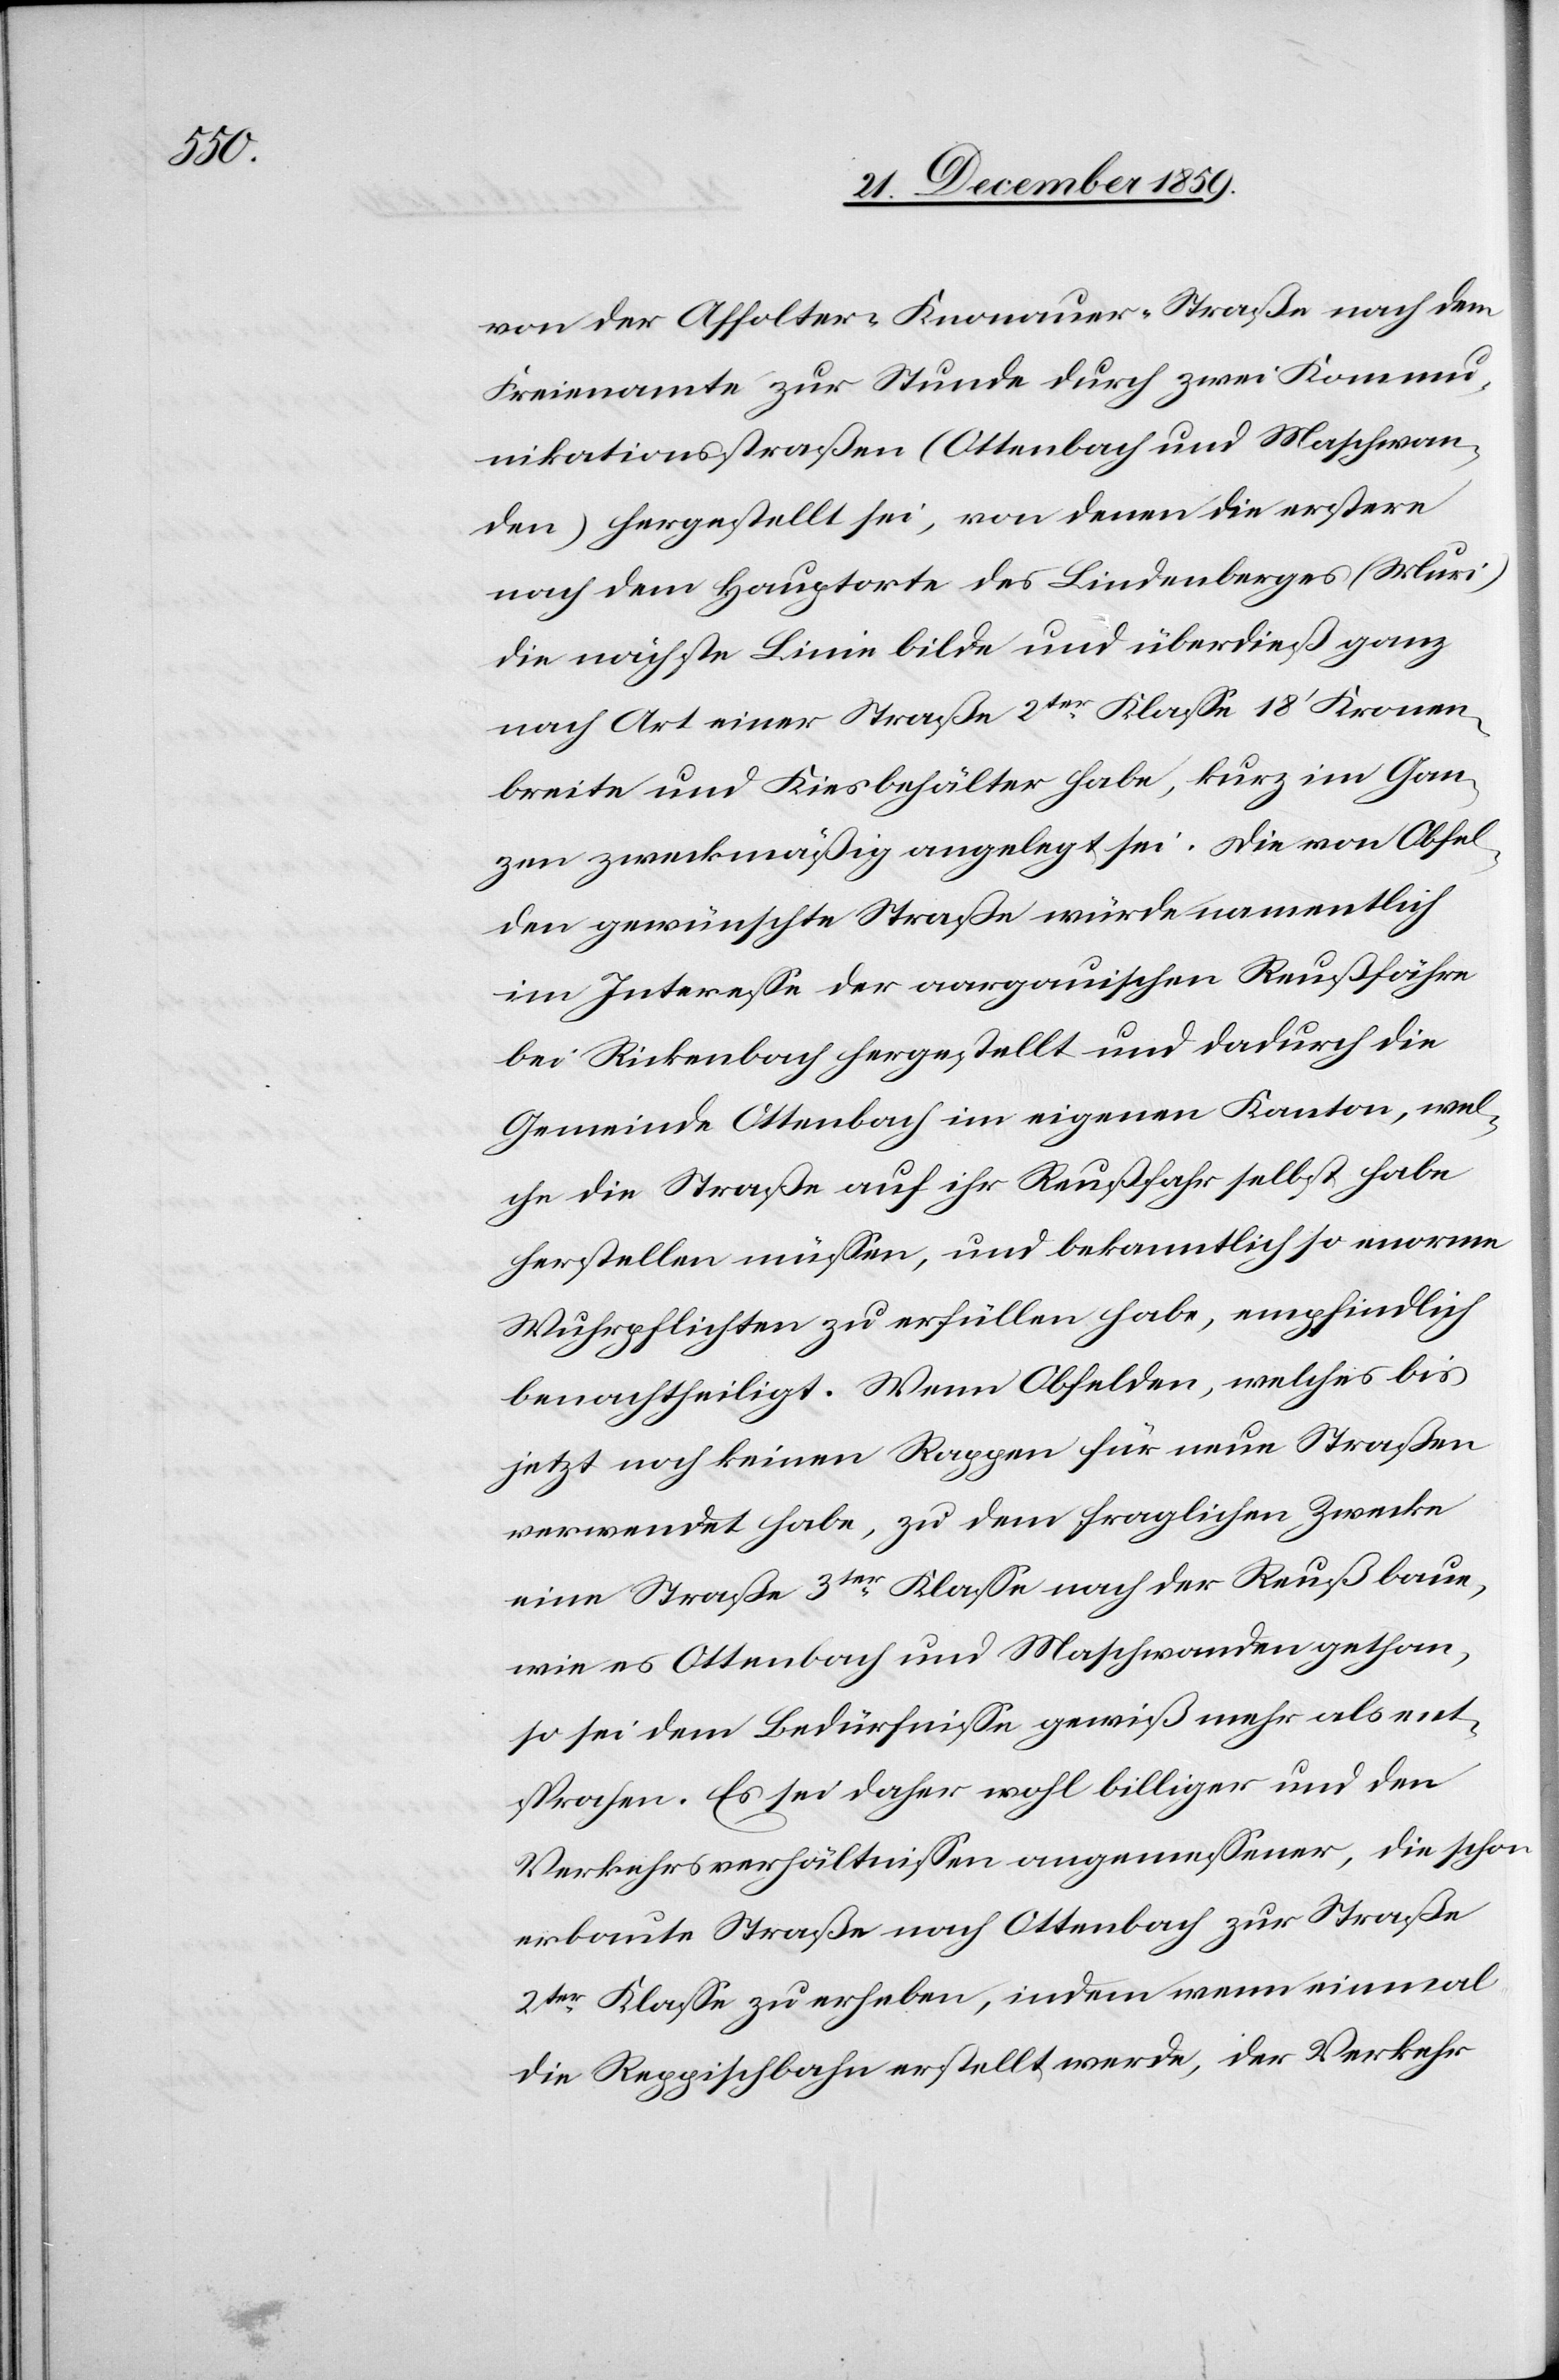
von der Affolter-Knonauer-Straße nach dem
Freienamte zur Stunde durch zwei Kommu¬
nikationsstraßen (Ottenbach und Maschwan¬
den) hergestellt sei, von denen die erstere
nach dem Hauptorte des Lindenberges (Muri)
die nächste Linie bilde und überdieß ganz
nach Art einer Straße 2ter Klasse 18’ Kronen¬
breite und Kiesbehälter habe, kurz im Gan¬
zen zweckmäßig angelegt sei. Die von Obfel¬
den gewünschte Straße würde namentlich
im Interesse der aargauischen Reußfähre
bei Rickenbach hergestellt und dadurch die
Gemeinde Ottenbach im eigenen Kanton, wel¬
che die Straße auf ihr Reußfahr selbst habe
herstellen müssen, und bekanntlich so enorme
Wuhrpflichten zu erfüllen habe, empfindlich
benachtheiligt. Wenn Obfelden, welches bis
jetzt noch keinen Rappen für neue Straßen
verwendet habe, zu dem fraglichen Zwecke
eine Straße 3ter Klasse nach der Reuß baue,
wie es Ottenbach und Maschwanden gethan,
so sei dem Bedürfnisse gewiß mehr als ent¬
sprochen. Es sei daher wohl billiger und den
Verkehrsverhältnissen angemessener, die schon
erbaute Straße nach Ottenbach zur Straße
2ter Klasse zu erheben, indem wenn einmal
die Reppischbahn erstellt werde, der Verkehr